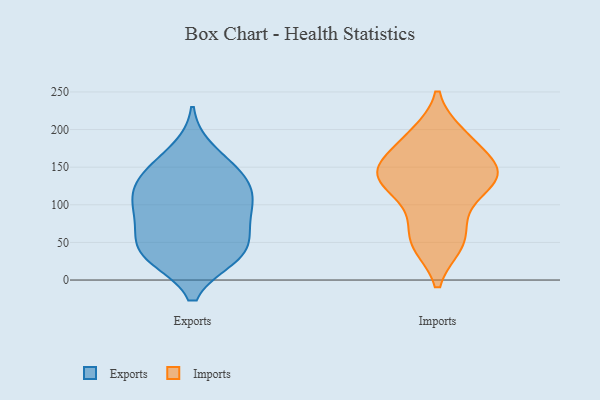
{"axis": {"x": "Temperature (°C)", "y": "Value"}, "legend": ["Exports", "Imports"], "data": [{"x": "", "y": 59, "type": "Exports"}, {"x": "", "y": 56, "type": "Exports"}, {"x": "", "y": 76, "type": "Exports"}, {"x": "", "y": 108, "type": "Exports"}, {"x": "", "y": 32, "type": "Exports"}, {"x": "", "y": 30, "type": "Exports"}, {"x": "", "y": 101, "type": "Exports"}, {"x": "", "y": 143, "type": "Exports"}, {"x": "", "y": 123, "type": "Exports"}, {"x": "", "y": 34, "type": "Exports"}, {"x": "", "y": 138, "type": "Exports"}, {"x": "", "y": 108, "type": "Exports"}, {"x": "", "y": 88, "type": "Exports"}, {"x": "", "y": 30, "type": "Exports"}, {"x": "", "y": 146, "type": "Exports"}, {"x": "", "y": 173, "type": "Exports"}, {"x": "", "y": 142, "type": "Imports"}, {"x": "", "y": 124, "type": "Imports"}, {"x": "", "y": 148, "type": "Imports"}, {"x": "", "y": 145, "type": "Imports"}, {"x": "", "y": 90, "type": "Imports"}, {"x": "", "y": 48, "type": "Imports"}, {"x": "", "y": 184, "type": "Imports"}, {"x": "", "y": 193, "type": "Imports"}, {"x": "", "y": 137, "type": "Imports"}, {"x": "", "y": 51, "type": "Imports"}]}